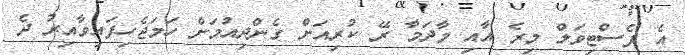
އެ ފެސްޓިވަލް މިރެ އާއި މާދަމާ ރޭ ކުރިއަށް ގެންދިއުމަށް ހަމަޖެހިފައިވާއިރު ދެ